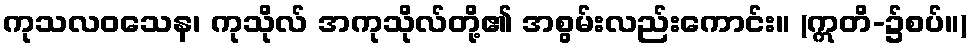
ကုသလဝသေန၊ ကုသိုလ် အကုသိုလ်တို့၏ အစွမ်းလည်းကောင်း။ (ဣတိ-၌စပ်။)